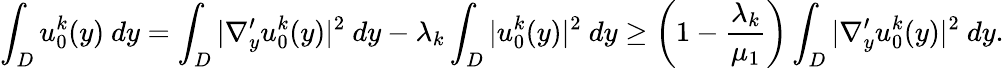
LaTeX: \displaystyle\int_{D}u_{0}^{k}(y)\ dy=\int_{D}\vert\nabla_{y}^{\prime}u_{0}^{k}(y)\vert^{2}\ dy-\lambda_{k}\int_{D}\vert u_{0}^{k}(y)\vert^{2}\ dy\geq\left(1-\frac{\lambda_{k}}{\mu_{1}}\right)\int_{D}\vert\nabla_{y}^{\prime}u_{0}^{k}(y)\vert^{2}\ dy.